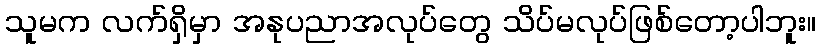
သူမက လက်ရှိမှာ အနုပညာအလုပ်တွေ သိပ်မလုပ်ဖြစ်တော့ပါဘူး။